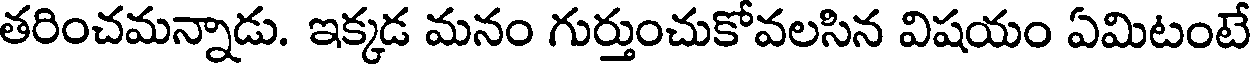
తరించమన్నాడు. ఇక్కడ మనం గుర్తుంచుకోవలసిన విషయం ఏమిటంటే